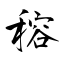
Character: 穃